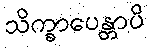
သိက္ခာပေန္တာပိ